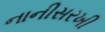
નાનીસરખી